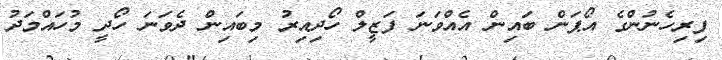
ފިރިހެނުންގެ އޯޕަން ބައިން އެއްވަނަ ފަޒީލް ހޯދިއިރު މިބައިން ދެވަނަ ހޯދީ މުހައްމަދު